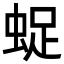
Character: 𧋥